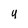
Character: y